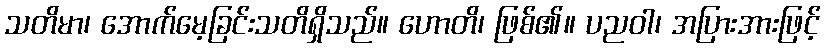
သတိမာ၊ အောက်မေ့ခြင်းသတိရှိသည်။ ဟောတိ၊ ဖြစ်၏။ ပညဝါ၊ အပြားအားဖြင့်